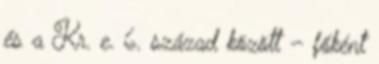
és a Kr. e. 6. század között – főként